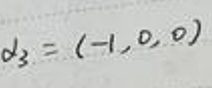
$\boldsymbol{d}_3=(-1,0,0)$